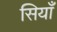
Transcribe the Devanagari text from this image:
सियाँ